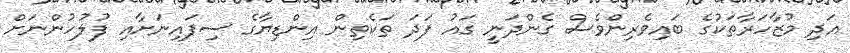
އަދި މުޒާހަރާތަކުގެ ބައިވެރިންވެސް ގެންދަނީ ގައު ފަދަ ތަކެތިން އިންޑިޔާގެ ސިފައިނަށާއި ފުލުހުންނަށް